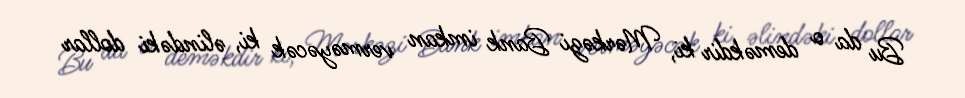
Bu da o deməkdir ki, Mərkəzi Bank imkan verməyəcək ki, əlindəki dollar